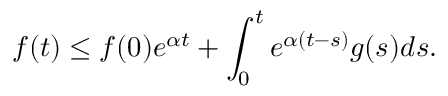
f ( t ) \leq f ( 0 ) e ^ { \alpha t } + \int _ { 0 } ^ { t } e ^ { \alpha ( t - s ) } g ( s ) d s .